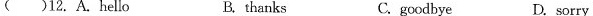
( )12. A.Hello B. thanks C.goodbye D. sorry